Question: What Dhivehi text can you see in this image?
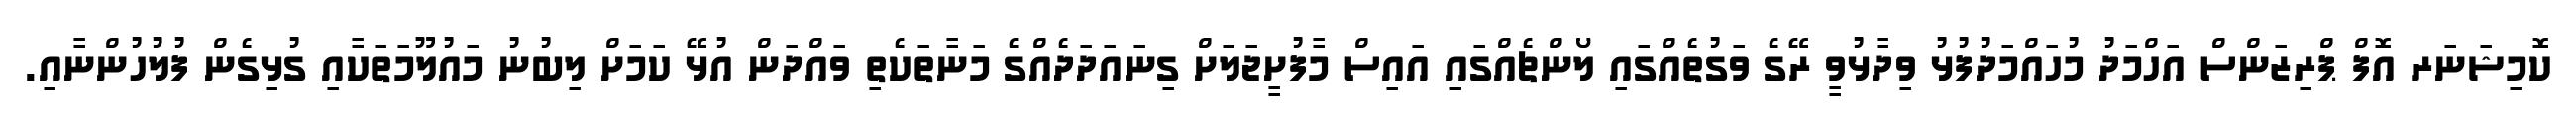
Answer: ކޮމިޝަނަރ އޮފް ޕްރިޒަންސް އަހްމަދު މުހައްމަދުފުޅު ވިދާޅުވީ ރޭގެ ވަގުތެއްގައި ލޯންޗެއްގައި އައިސް މާފުށީޖަލަށް ގިނައަދަދެއްގެ މަނާތަކެތި ވައްދަން އުޅޭ ކަމަށް ލިބުނު މައުލޫމަތަކާއި ގުޅިގެން ފުލުހުންނާއި.